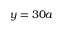
y = 3 0 a